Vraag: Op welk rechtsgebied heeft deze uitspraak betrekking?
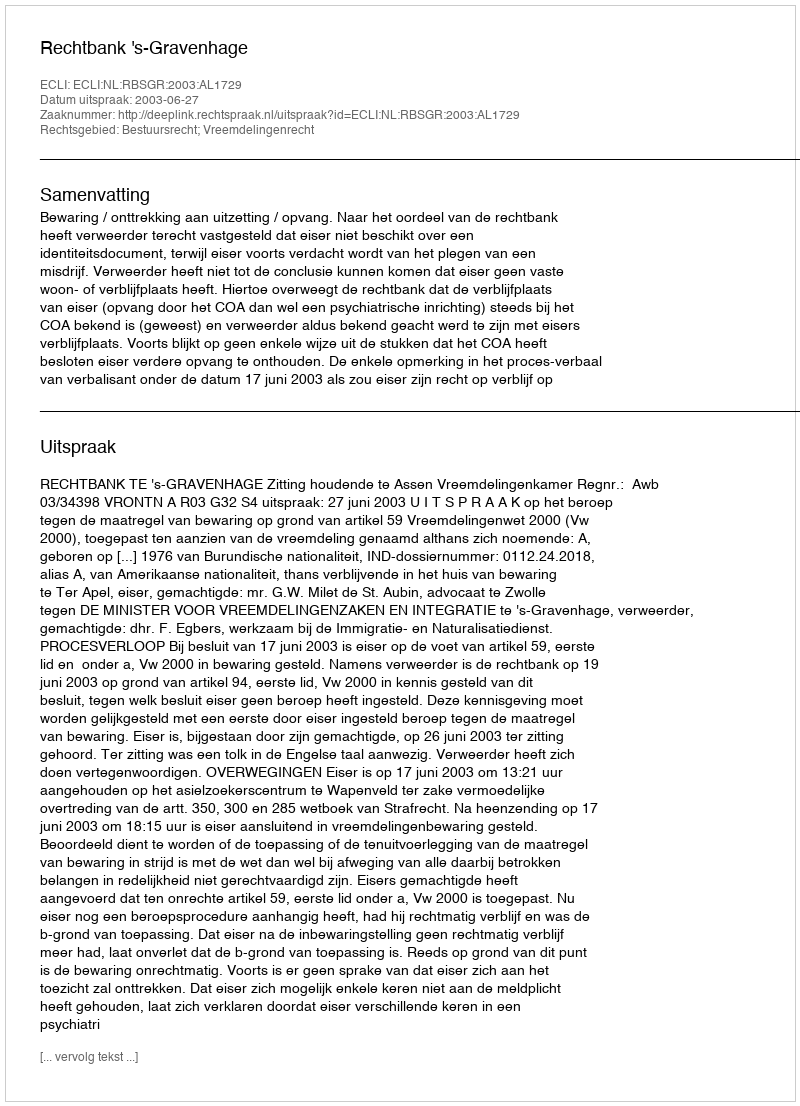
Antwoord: Bestuursrecht; Vreemdelingenrecht